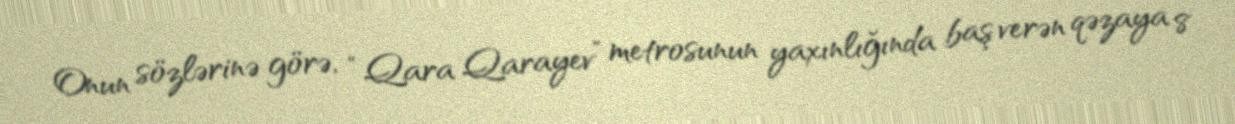
Onun sözlərinə görə, “Qara Qarayev” metrosunun yaxınlığında baş verən qəzaya 8